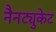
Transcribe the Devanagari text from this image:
नैनट्युकेट